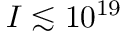
I \lesssim 1 0 ^ { 1 9 }